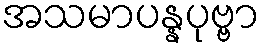
အသမာပန္နပုဗ္ဗာ